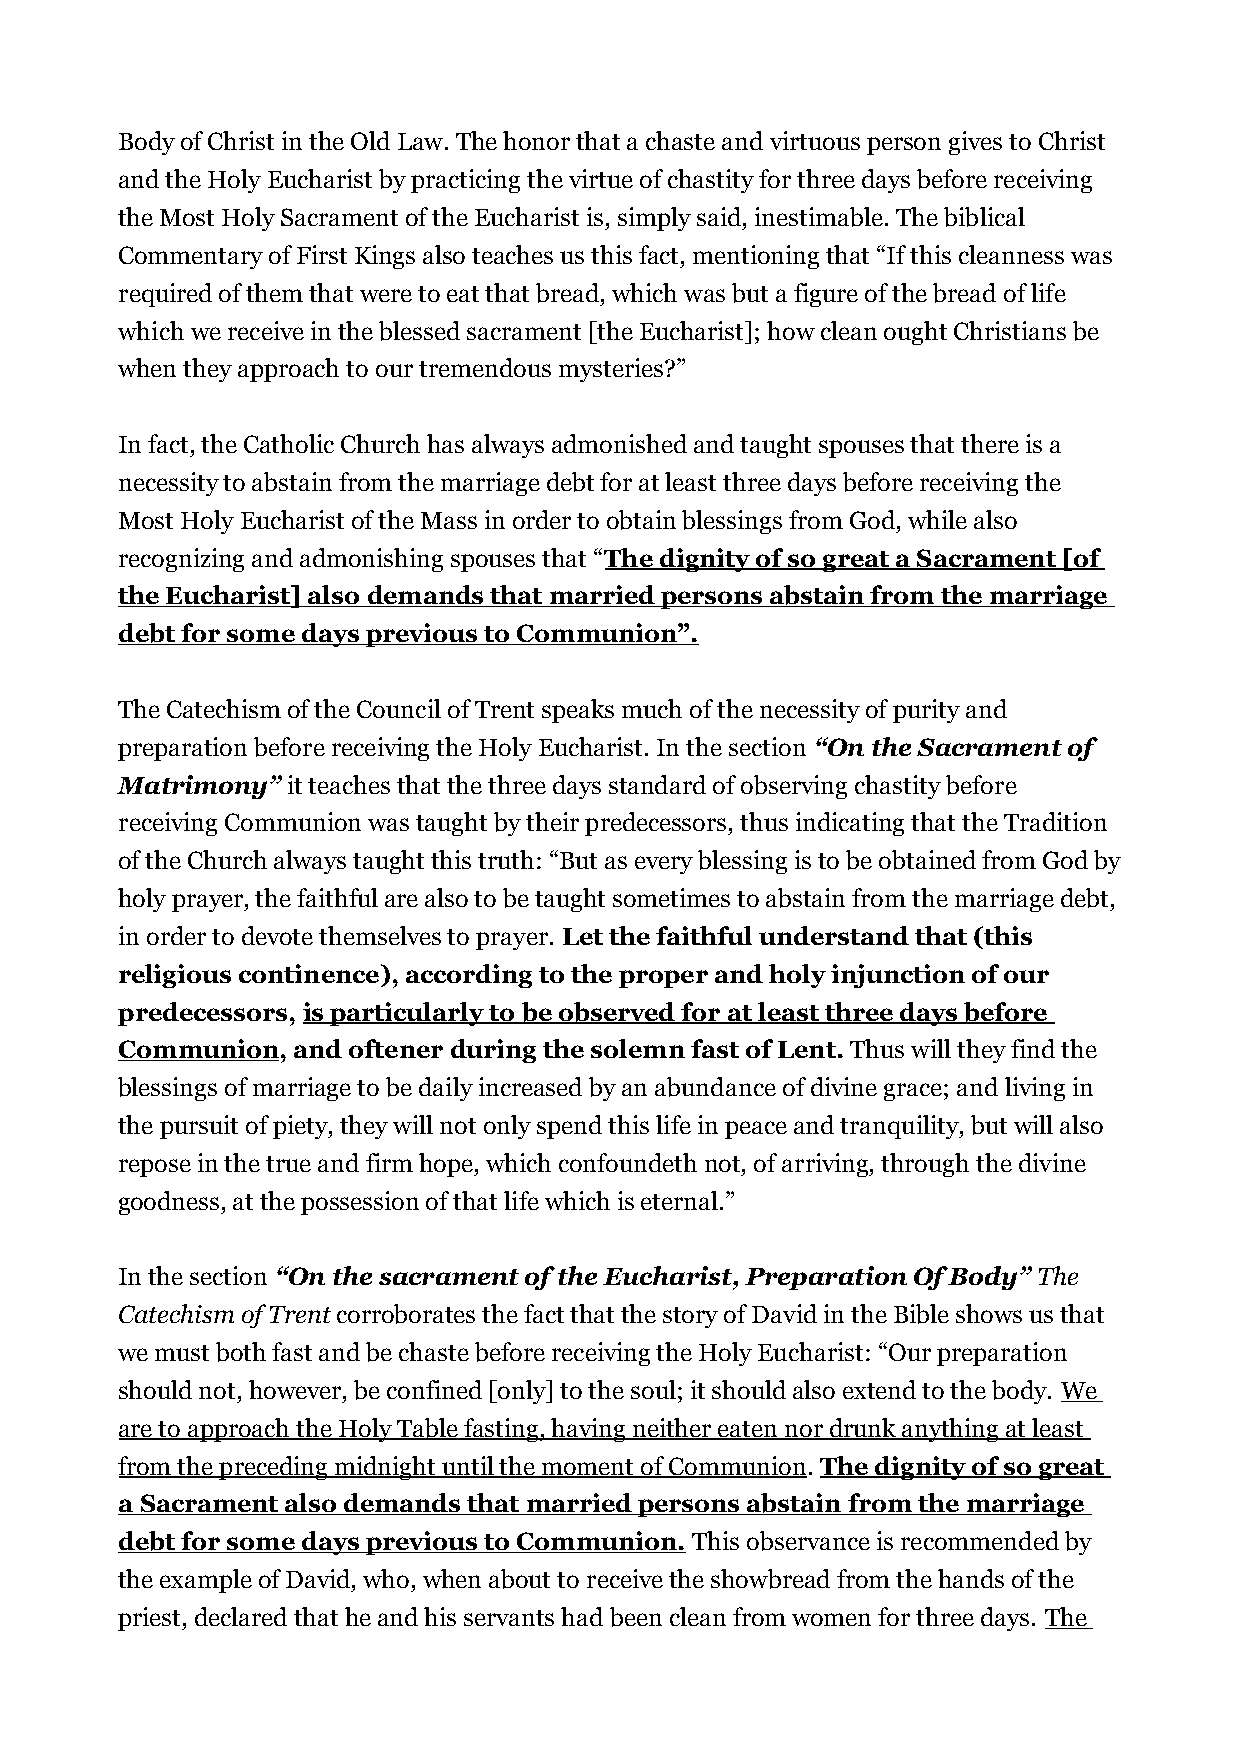
Body of Christ in the Old Law. The honor that a chaste and virtuous person gives to Christ
 and the Holy Eucharist by practicing the virtue of chastity for three days before receiving
 the Most Holy Sacrament of the Eucharist is, simply said, inestimable. The biblical
 Commentary of First Kings also teaches us this fact, mentioning that “If this cleanness was
 required of them that were to eat that bread, which was but a figure of the bread of life
 which we receive in the blessed sacrament [the Eucharist]; how clean ought Christians be
 when they approach to our tremendous mysteries?”
 In fact, the Catholic Church has always admonished and taught spouses that there is a
 necessity to abstain from the marriage debt for at least three days before receiving the
 Most Holy Eucharist of the Mass in order to obtain blessings from God, while also
 recognizing and admonishing spouses that “The dignity of so great a Sacrament [of
 the Eucharist] also demands that married persons abstain from the marriage
 debt for some days previous to Communion”.
 The Catechism of the Council of Trent speaks much of the necessity of purity and
 preparation before receiving the Holy Eucharist. In the section “On the Sacrament of
 Matrimony” it teaches that the three days standard of observing chastity before
 receiving Communion was taught by their predecessors, thus indicating that the Tradition
 of the Church always taught this truth: “But as every blessing is to be obtained from God by
 holy prayer, the faithful are also to be taught sometimes to abstain from the marriage debt,
 in order to devote themselves to prayer. Let the faithful understand that (this
 religious continence), according to the proper and holy injunction of our
 predecessors, is particularly to be observed for at least three days before
 Communion, and oftener during the solemn fast of Lent. Thus will they find the
 blessings of marriage to be daily increased by an abundance of divine grace; and living in
 the pursuit of piety, they will not only spend this life in peace and tranquility, but will also
 repose in the true and firm hope, which confoundeth not, of arriving, through the divine
 goodness, at the possession of that life which is eternal.”
 In the section “On the sacrament of the Eucharist, Preparation Of Body” The
 Catechism of Trent corroborates the fact that the story of David in the Bible shows us that
 we must both fast and be chaste before receiving the Holy Eucharist: “Our preparation
 should not, however, be confined [only] to the soul; it should also extend to the body. We
 are to approach the Holy Table fasting, having neither eaten nor drunk anything at least
 from the preceding midnight until the moment of Communion. The dignity of so great
 a Sacrament also demands that married persons abstain from the marriage
 debt for some days previous to Communion. This observance is recommended by
 the example of David, who, when about to receive the showbread from the hands of the
 priest, declared that he and his servants had been clean from women for three days. The